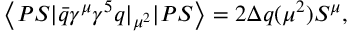
\left\langle P S | \bar { q } \gamma ^ { \mu } \gamma ^ { 5 } q | _ { \mu ^ { 2 } } | P S \right\rangle = 2 \Delta q ( \mu ^ { 2 } ) S ^ { \mu } ,